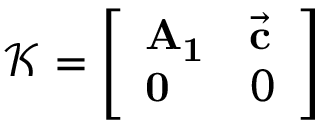
\mathcal { K } = \left[ \begin{array} { l l } { \mathbf { A _ { 1 } } } & { \vec { \mathbf c } } \\ { \mathbf 0 } & { 0 } \end{array} \right]